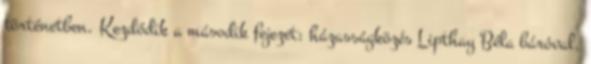
történetben. Kezdődik a második fejezet: házasságközés Lipthay Béla báróval.